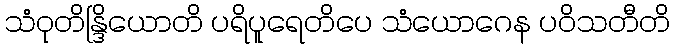
သံဝုတိန္ဒြိယောတိ ပရိပူရေတိပေ သံယောဂေန ပဝိသတီတိ